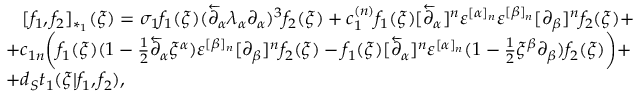
\begin{array} { l } { { \, \, \, \, \, [ f _ { 1 } , f _ { 2 } ] _ { * _ { 1 } } ( \xi ) = \sigma _ { 1 } f _ { 1 } ( \xi ) ( \overleftarrow \partial _ { \alpha } \lambda _ { \alpha } \partial _ { \alpha } ) ^ { 3 } f _ { 2 } ( \xi ) + c _ { 1 } ^ { ( n ) } f _ { 1 } ( \xi ) [ \overleftarrow \partial _ { \alpha } ] ^ { n } \varepsilon ^ { [ \alpha ] _ { n } } \varepsilon ^ { [ \beta ] _ { n } } [ \partial _ { \beta } ] ^ { n } f _ { 2 } ( \xi ) + } } \\ { { + c _ { 1 n } \biggl ( f _ { 1 } ( \xi ) ( 1 - { \frac { 1 } { 2 } } \overleftarrow \partial _ { \alpha } \xi ^ { \alpha } ) \varepsilon ^ { [ \beta ] _ { n } } [ \partial _ { \beta } ] ^ { n } f _ { 2 } ( \xi ) - f _ { 1 } ( \xi ) [ \overleftarrow \partial _ { \alpha } ] ^ { n } \varepsilon ^ { [ \alpha ] _ { n } } ( 1 - { \frac { 1 } { 2 } } \xi ^ { \beta } \partial _ { \beta } ) f _ { 2 } ( \xi ) \biggr ) + } } \\ { { + d _ { S } t _ { 1 } ( \xi | f _ { 1 } , f _ { 2 } ) , } } \end{array}